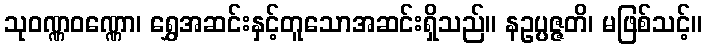
သုဝဏ္ဏဝဏ္ဏော၊ ရွှေအဆင်းနှင့်တူသောအဆင်းရှိသည်။ နဥပ္ပဇ္ဇတိ၊ မဖြစ်သင့်။